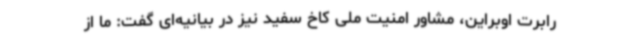
رابرت اوبراین، مشاور امنیت ملی کاخ سفید نیز در بیانیه‌ای گفت: ما از